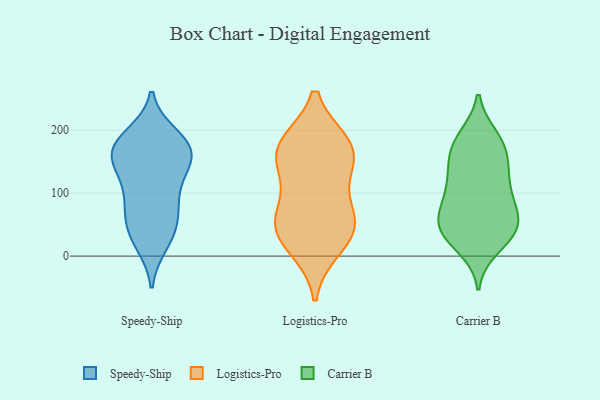
{"axis": {"x": "Page Views", "y": "Value"}, "legend": ["Carrier B", "Logistics-Pro", "Speedy-Ship"], "data": [{"x": "", "y": 66, "type": "Speedy-Ship"}, {"x": "", "y": 192, "type": "Speedy-Ship"}, {"x": "", "y": 116, "type": "Speedy-Ship"}, {"x": "", "y": 161, "type": "Speedy-Ship"}, {"x": "", "y": 156, "type": "Speedy-Ship"}, {"x": "", "y": 166, "type": "Speedy-Ship"}, {"x": "", "y": 102, "type": "Speedy-Ship"}, {"x": "", "y": 19, "type": "Speedy-Ship"}, {"x": "", "y": 93, "type": "Speedy-Ship"}, {"x": "", "y": 140, "type": "Speedy-Ship"}, {"x": "", "y": 42, "type": "Speedy-Ship"}, {"x": "", "y": 181, "type": "Speedy-Ship"}, {"x": "", "y": 145, "type": "Speedy-Ship"}, {"x": "", "y": 70, "type": "Speedy-Ship"}, {"x": "", "y": 23, "type": "Speedy-Ship"}, {"x": "", "y": 166, "type": "Speedy-Ship"}, {"x": "", "y": 51, "type": "Speedy-Ship"}, {"x": "", "y": 172, "type": "Speedy-Ship"}, {"x": "", "y": 189, "type": "Speedy-Ship"}, {"x": "", "y": 169, "type": "Logistics-Pro"}, {"x": "", "y": 68, "type": "Logistics-Pro"}, {"x": "", "y": 50, "type": "Logistics-Pro"}, {"x": "", "y": 176, "type": "Logistics-Pro"}, {"x": "", "y": 124, "type": "Logistics-Pro"}, {"x": "", "y": 161, "type": "Logistics-Pro"}, {"x": "", "y": 38, "type": "Logistics-Pro"}, {"x": "", "y": 15, "type": "Logistics-Pro"}, {"x": "", "y": 53, "type": "Logistics-Pro"}, {"x": "", "y": 172, "type": "Logistics-Pro"}, {"x": "", "y": 79, "type": "Carrier B"}, {"x": "", "y": 87, "type": "Carrier B"}, {"x": "", "y": 30, "type": "Carrier B"}, {"x": "", "y": 59, "type": "Carrier B"}, {"x": "", "y": 53, "type": "Carrier B"}, {"x": "", "y": 85, "type": "Carrier B"}, {"x": "", "y": 179, "type": "Carrier B"}, {"x": "", "y": 40, "type": "Carrier B"}, {"x": "", "y": 33, "type": "Carrier B"}, {"x": "", "y": 189, "type": "Carrier B"}, {"x": "", "y": 176, "type": "Carrier B"}, {"x": "", "y": 112, "type": "Carrier B"}, {"x": "", "y": 41, "type": "Carrier B"}, {"x": "", "y": 142, "type": "Carrier B"}, {"x": "", "y": 115, "type": "Carrier B"}, {"x": "", "y": 182, "type": "Carrier B"}, {"x": "", "y": 14, "type": "Carrier B"}, {"x": "", "y": 52, "type": "Carrier B"}, {"x": "", "y": 149, "type": "Carrier B"}, {"x": "", "y": 135, "type": "Carrier B"}]}